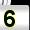
Digit: 5